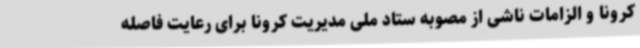
کرونا و الزامات ناشی از مصوبه ستاد ملی مدیریت کرونا برای رعایت فاصله